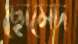
ছোমেদ